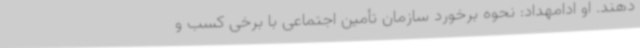
‌دهند. او ادامهداد: نحوه برخورد سازمان تأمین اجتماعی با برخی کسب و